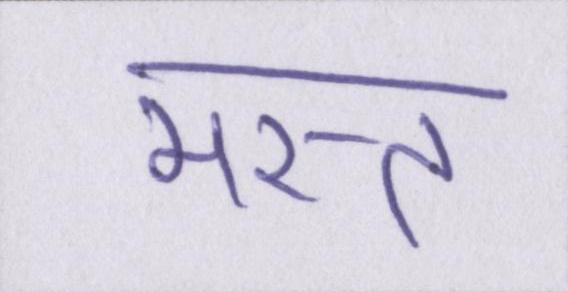
मस्त